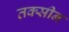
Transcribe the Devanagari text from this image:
तक्सीन